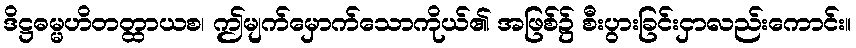
ဒိဋ္ဌဓမ္မဟိတတ္ထာယစ၊ ဤမျက်မှောက်သောကိုယ်၏ အဖြစ်၌ စီးပွားခြင်းငှာလည်းကောင်း။